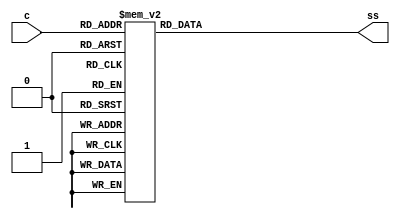
module SSDecoder(c,ss);
	input [3:0]c;
	output reg [6:0]ss;
	//Declare input and output.
	
	always@(c)
		case(c)
			4'b0000 : ss[6:0] = 7'b1000000;
			4'b0001 : ss[6:0] = 7'b1111001;
			4'b0010 : ss[6:0] = 7'b0100100;
			4'b0011 : ss[6:0] = 7'b0110000;
			4'b0100 : ss[6:0] = 7'b0011001;
			4'b0101 : ss[6:0] = 7'b0010010;
			4'b0110 : ss[6:0] = 7'b0000010;
			4'b0111 : ss[6:0] = 7'b1111000;
			4'b1000 : ss[6:0] = 7'b0000000;
			4'b1001 : ss[6:0] = 7'b0010000;
			default : ss[6:0] = 7'b1000000;
		endcase
	//Cases for 0-9, default to 0.
	
endmodule